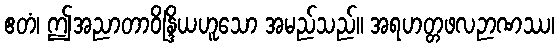
ဧတံ၊ ဤအညာတာဝိန္ဒြိယဟူသော အမည်သည်။ အရဟတ္တဖလဉာဏဿ၊